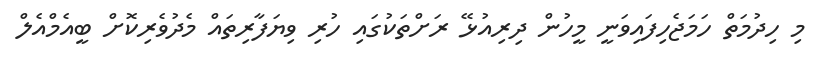
މި ހިދުމަތް ހަމަޖެހިފައިވަނީ މީހުން ދިރިއުޅޭ ރަށްތަކުގައި ހުރި ވިޔަފާރިތައް މެދުވެރިކޮށް ބީއެމްއެލް